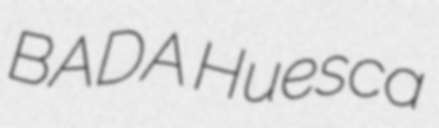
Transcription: BADA Huesca